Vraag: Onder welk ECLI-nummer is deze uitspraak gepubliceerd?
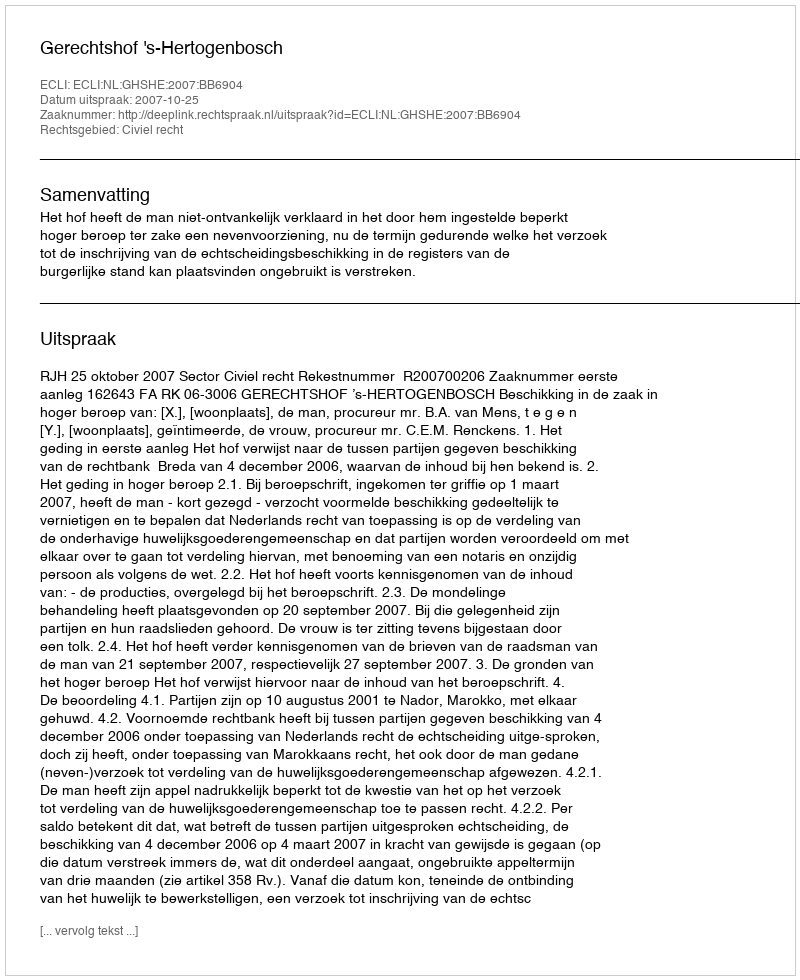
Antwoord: ECLI:NL:GHSHE:2007:BB6904